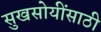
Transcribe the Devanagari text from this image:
सुखसोयींसाठी